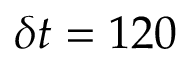
\delta t = 1 2 0